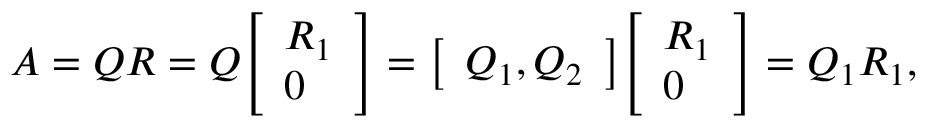
A = Q R = Q { \left[ \begin{array} { l } { R _ { 1 } } \\ { 0 } \end{array} \right] } = { \left[ \begin{array} { l } { Q _ { 1 } , Q _ { 2 } } \end{array} \right] } { \left[ \begin{array} { l } { R _ { 1 } } \\ { 0 } \end{array} \right] } = Q _ { 1 } R _ { 1 } ,